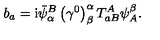
b _ { a } = \mathrm { i } \bar { \psi } _ { \alpha } ^ { B } \left( \gamma ^ { 0 } \right) _ { \beta } ^ { \alpha } T _ { a B } ^ { A } \psi _ { A } ^ { \beta } .